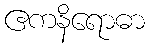
ဧကနိရောဓာ